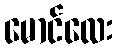
မောင်လေး